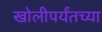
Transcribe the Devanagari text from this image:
खोलीपर्यंतच्या